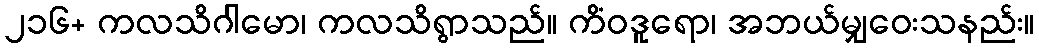
၂၁၆+ ကလသိဂါမော၊ ကလသိရွာသည်။ ကိံဝဒူရော၊ အဘယ်မျှဝေးသနည်း။